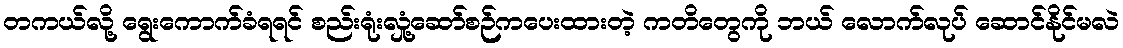
တကယ်လို့ ရွေးကောက်ခံရရင် စည်းရုံးလှုံ့ဆော်စဉ်ကပေးထားတဲ့ ကတိတွေကို ဘယ် လောက်လုပ် ဆောင်နိုင်မလဲ